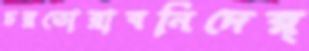
চরতোরাবনিদের্